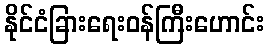
နိုင်ငံခြားရေးဝန်ကြီးဟောင်း